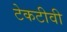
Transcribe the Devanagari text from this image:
टेकटीवी